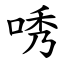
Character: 唀